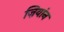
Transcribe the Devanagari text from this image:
ज़ियांन